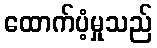
ထောက်ပံ့မှုသည်